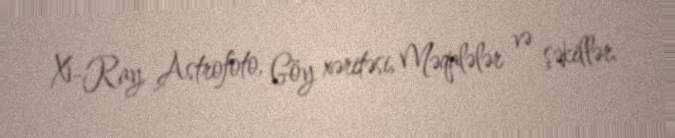
X-Ray, Astrofoto, Göy xəritəsi, Məqalələr və şəkillər.